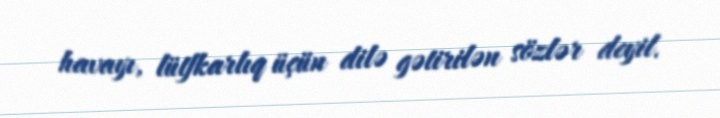
havayı, lütfkarlıq üçün dilə gətirilən sözlər deyil.